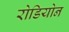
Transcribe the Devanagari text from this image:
रोडियोन